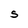
Character: S